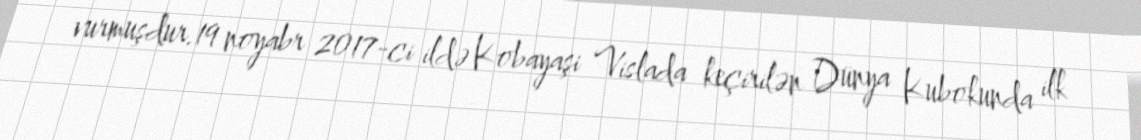
vurmuşdur.19 noyabr 2017-ci ildə Kobayaşi Vislada keçirilən Dünya Kubokunda ilk